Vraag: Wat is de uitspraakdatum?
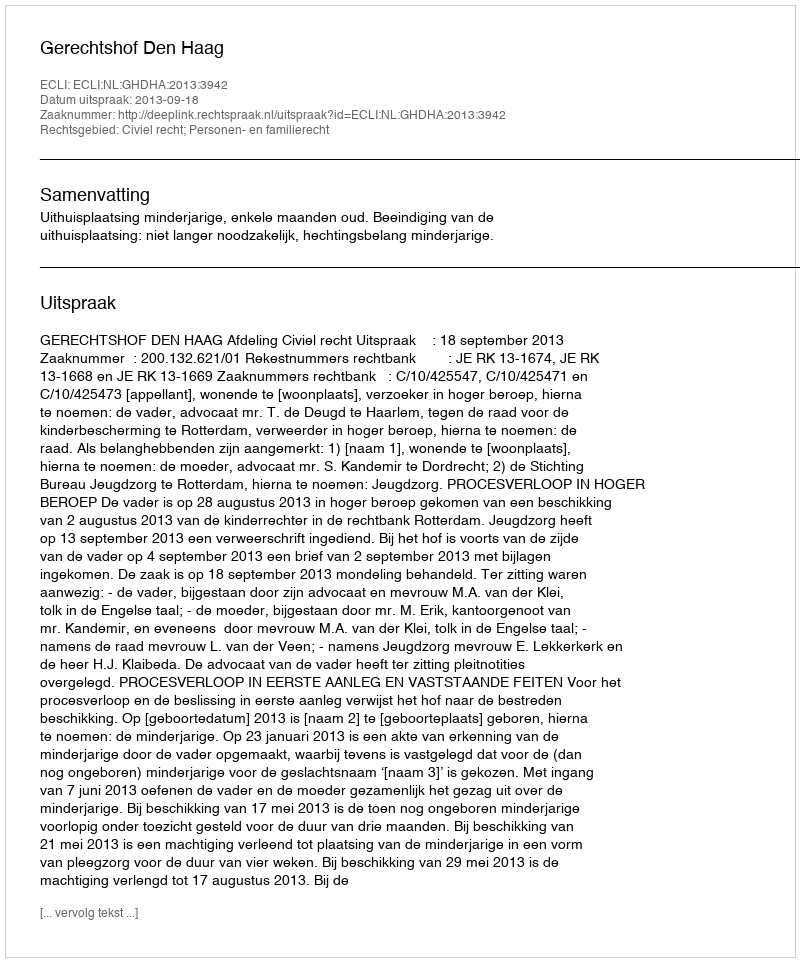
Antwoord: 2013-09-18